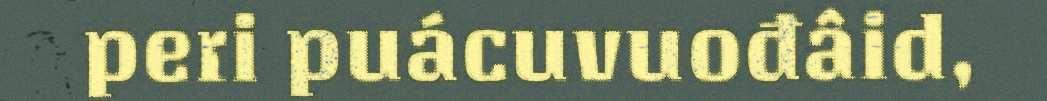
peri puácuvuođâid,